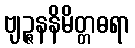
ဗျဉ္ဇနနိမိတ္တဓရာ